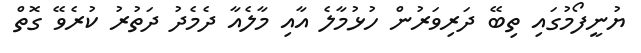
ޔުނީފޯމުގައި ތިބޭ ދަރިވަރުން ހުޅުމާލެ އާއި މާލެއާ ދެމެދު ދަތުރު ކުރެވޭ ގޮތް